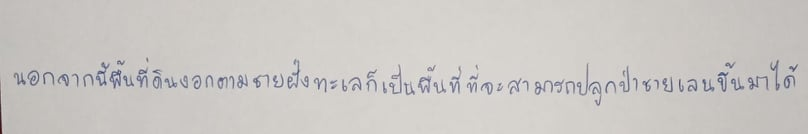
นอกจากนี้พื้นที่ดินงอกตามชายฝั่งทะเลก็เป็นพื้นที่ที่จะสามารถปลูกป่าชายเลนขึ้นมาได้